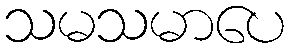
သမသမာပေ